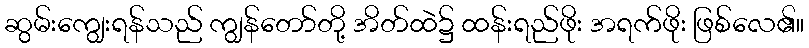
ဆွမ်းကျွေးရန်သည် ကျွန်တော်တို့ အိတ်ထဲ၌ ထန်းရည်ဖိုး အရက်ဖိုး ဖြစ်လေ၏။